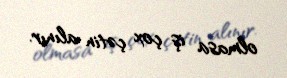
olmasa iş çox çətin alınır.